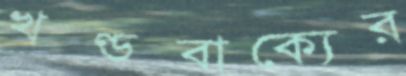
খণ্ডবাক্যের